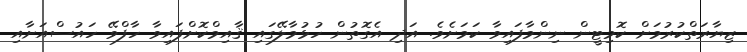
ޒިޔާރަތްކުރުމަށް ކޮމިޓީން ނިންމާފައިވާ ކަމަށެވެ. އަދި އެގޮތުން ހުޅުމާލޭގައި ޤާއިމްކޮށްފައިވާ ހާފްވޭ ހައުސްއަށާއި